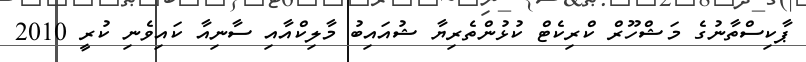
ޕާކިސްތާނުގެ މަޝްހޫރް ކްރިކެޓް ކުޅުންތެރިޔާ ޝުއައިބު މާލިކްއާއި ސާނިއާ ކައިވެނި ކުރީ 2010